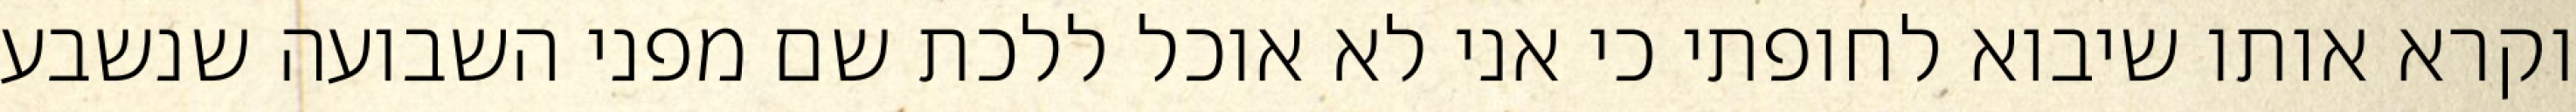
וקרא אותו שיבוא לחופתי כי אני לא אוכל ללכת שם מפני השבועה שנשבע